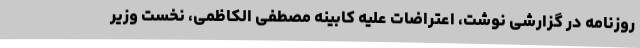
روزنامه در گزارشی نوشت، اعتراضات علیه کابینه مصطفی الکاظمی، نخست وزیر